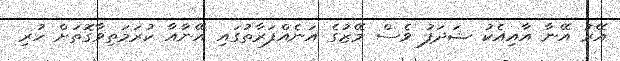
އޭރު އޭނާ އާއިއެކު ޝަދަފު ވެސް މޭޒުގެ އަނެއްފަރާތުގައި އޭނާއާ ކުރަމަތިވާގޮތަށް ހުރި